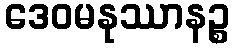
ဒေဝမနုဿာနဉ္စ